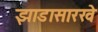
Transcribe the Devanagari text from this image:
झाडासारखे